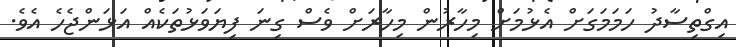
އިގްތިސާދު ހަމަމަގަށް އެޅުމަށް މިހާރުން މިހާރަށް ވެސް ގިނަ ފިޔަވަޅުތަކެއް އަޅަންޖެހެ އެވެ.